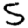
Digit: 5